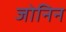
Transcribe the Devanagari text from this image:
जोनिन